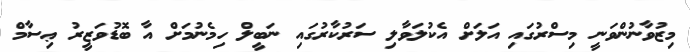
މިޒުވާނުންވަނީ މިސްރުގައި އަލަށް އެކުލަވާލި ސަރުކާރުގައި ނަބީލް ހިމެނުމަށް އާ ބޮޑުވަޒީރު ޢިސާމް